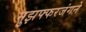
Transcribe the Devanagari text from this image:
मुझफ्फरजंगने